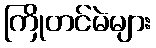
ကြိုတင်မဲများ